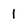
Character: I